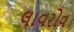
લાવરોવ